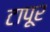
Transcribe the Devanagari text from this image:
टापूर